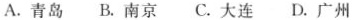
A.青岛 B.南京 C.大连 D.广州